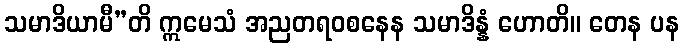
သမာဒိယာမီ”တိ ဣမေသံ အညတရဝစနေန သမာဒိန္နံ ဟောတိ။ တေန ပန